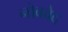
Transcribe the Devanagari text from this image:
नोबबेद